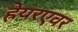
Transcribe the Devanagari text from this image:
ह्रेयरएवर